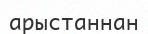
арыстаннан